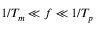
1 / T _ { m } \ll f \ll 1 / T _ { p }